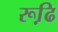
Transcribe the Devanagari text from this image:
रूढि़